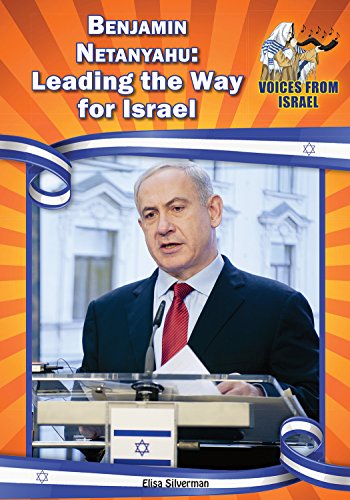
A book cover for Benjamin Netanyahu: Leading the Way for Israel (Voices from Israel: Set 1); Elisa Silverman; Children's Books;